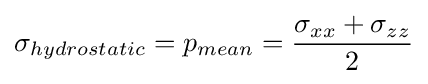
\sigma _{hydrostatic}=p_{mean}={\frac {\sigma _{xx}+\sigma _{zz}}{2}}